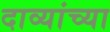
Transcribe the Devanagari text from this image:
दाव्यांच्या